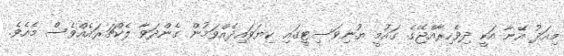
މިއަދު އޭނާ އަކީ ދިވެހިރާއްޖޭގެ ގައުމީ ޔުނިވަސިޓީގައި ކިޔަވައިދެއްވަމުން ގެންދަވާ ލެކްޗަރައެއްވެސް މެއެވެ.